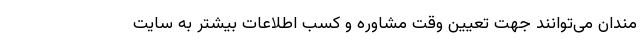
مندان می‌توانند جهت تعیین وقت مشاوره و کسب اطلاعات بیشتر به سایت